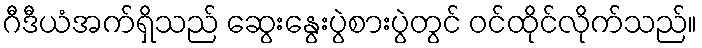
ဂီဒီယံအက်ရှိသည် ဆွေးနွေးပွဲစားပွဲတွင် ဝင်ထိုင်လိုက်သည်။